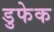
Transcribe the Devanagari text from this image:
डुफेक